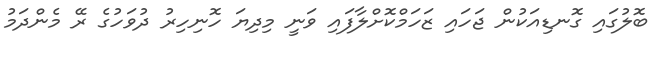
ބޮލުގައި ގޮނޑިއަކުން ޖަހައި ޒަހަމްކޮށްލާފައި ވަނީ މިދިޔަ ހޮނިހިރު ދުވަހުގެ ރޭ މެންދަމު